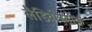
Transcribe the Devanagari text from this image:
लैडिवोस्तोक